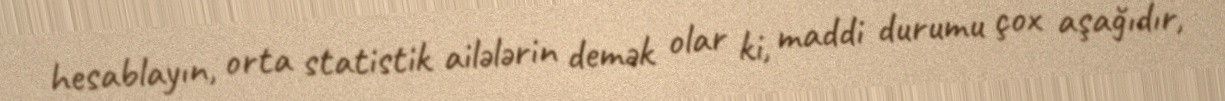
hesablayın, orta statistik ailələrin demək olar ki, maddi durumu çox aşağıdır,